Lunatic asylums Central Provinces reports 1886-1894 - 1886-1894
Year: 1886
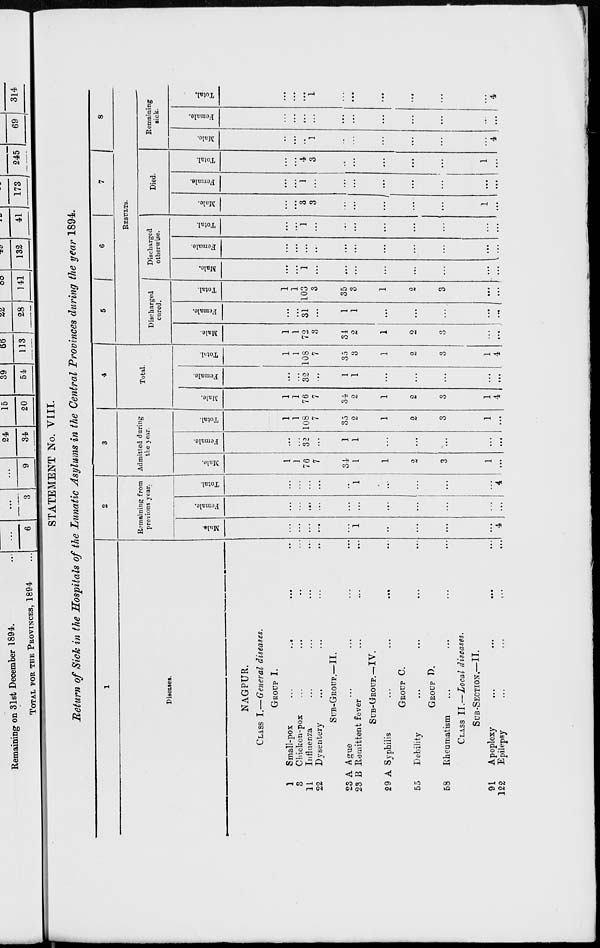
STATEMENT No. VIII.
Return of Sick in the Hospitals of the Lunatic Asylums in the Central Provinces during the year 1894.
1
Diseases.
NAGPUR.
CLASS I.—General diseases.
GROUP I.
1
Small-pox
...
...
...
...
3
Chicken-pox ... ... ... ...
11
Influenza ... ... ... ...
22
Dysentery ... ... ... ...
SUB-GROUP.—II.
23 A Ague ... ... ... ...
23 B Remittent fever ... ... ...
SUB-GROUP.— IV.
29 A Syphilis
...
...
...
...
GROUP C.
55
Debility ... ... ... ...
GROUP D.
58
Rheumatism ... ... ... ...
CLASS II.—Local diseases.
SUB-SECTION.—II.
91
Apoplexy
...
...
...
...
122
Epilepsy ... ... ... ...
2
Remaining from
previous year.
Male.
...
...
...
...
...
1
...
...
...
...
4
Female.
...
...
...
...
...
...
...
...
...
...
...
Total.
...
...
...
...
...
1
...
...
...
...
4
3
Admitted during
the year.
Male.
1
1
76
7
34
1
1
2
3
1
...
Female.
...
...
32
...
1
1
...
...
...
...
...
Total.
1
1
108
7
35
2
1
2
3
1
...
4
Total.
Male.
1
1
76
7
34
2
1
2
3
1
4
Female.
...
...
32
...
1
1
...
...
...
...
...
Total.
1
1
108
7
35
3
1
2
3
1
4
5
6
7
8
RESULTS.
Discharged
cured.
Male.
1
1
72
3
34
2
1
2
3
...
...
Female.
...
...
31
...
1
1
...
...
...
...
...
Total.
1
1
103
3
35
3
1
2
3
...
...
Discharged
otherwise.
Male.
...
...
1
...
...
...
...
...
...
...
...
Female.
...
...
...
...
...
...
...
...
...
...
...
Total.
...
...
1
...
...
...
...
...
...
...
...
Died.
Male.
...
...
3
3
...
...
...
...
...
1
...
Female.
...
...
1
...
...
...
...
...
...
...
...
Total.
...
...
4
3
...
...
...
...
...
1
...
Remaining
sick.
Male.
...
...
...
1
...
...
...
...
...
...
4
Female.
...
...
...
...
...
...
...
...
...
...
...
Total.
...
...
...
1
...
...
...
...
...
...
4